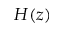
H ( z )